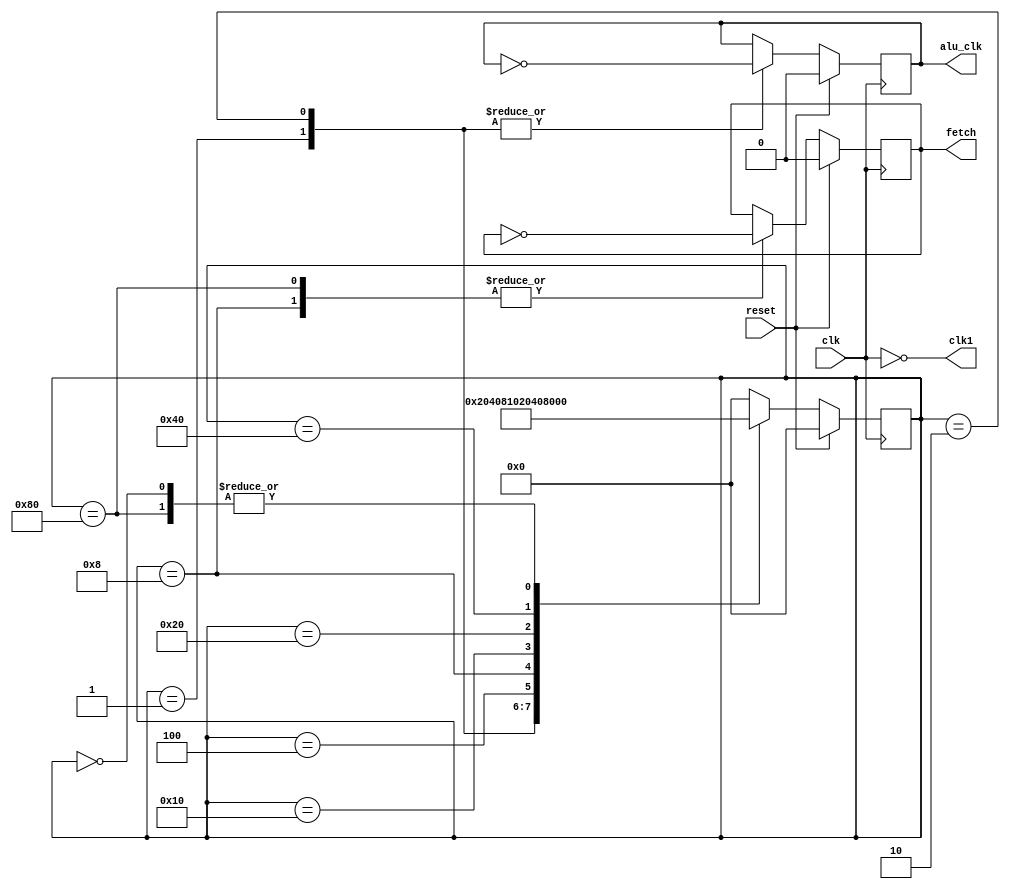
//here we abandon the useless clk2 and clk4
module clk_gen(clk,reset,clk1,fetch,alu_clk);
    input clk,reset;
    output clk1,fetch,alu_clk;
    wire clk;
    reg fetch,alu_clk;
    reg[7:0] state;
    parameter  S1=8'b0000_0001,
               S2=8'b0000_0010,
               S3=8'b0000_0100,
               S4=8'b0000_1000,
               S5=8'b0001_0000,
               S6=8'b0010_0000,
               S7=8'b0100_0000,
               S8=8'b1000_0000,
             idle=8'b0000_0000;
             
    assign clk1=~clk;   //clk1clk
    
    always @(negedge clk)
      if(reset)
         begin
            //clk2<=0;
            //clk4<=1;
            fetch<=0;
            alu_clk<=0;
            state<=idle;
         end
      else
        begin
            case(state)
                S1:
                    begin
                       //clk2<=~clk2;
                       alu_clk<=~alu_clk; //M
                       state<=S2;
                    end
                S2:
                    begin
                        //clk2<=~clk2;
                        //clk4<=~clk4;
                       alu_clk<=~alu_clk; //M
                        state<=S3;
                    end
                S3:
                    begin
                        //clk2<=~clk2;
                        state<=S4;
                    end
                S4:
                    begin
                        //clk2<=~clk2;
                        //clk4<=~clk4;
                        fetch<=~fetch;
                        state<=S5;
                    end
                S5:
                    begin
                        //clk2<=~clk2;
                        state<=S6;
                        
                    end
                S6:
                    begin
                        //clk2<=~clk2;
                        //clk4<=~clk4;
                        //alu_clk<=~alu_clk; 
                        state<=S7;
                    end
                S7:
                    begin
                        //clk2<=~clk2;
                        state<=S8;
                        //alu_clk<=~alu_clk; 
                    end
                S8:
                    begin
                        //clk2<=~clk2;
                        //clk4<=~clk4;
                        fetch<=~fetch;
                        state<=S1;
                    end
                idle: state<=S1;
                default: state<=idle;
                
           endcase
       end
endmodule